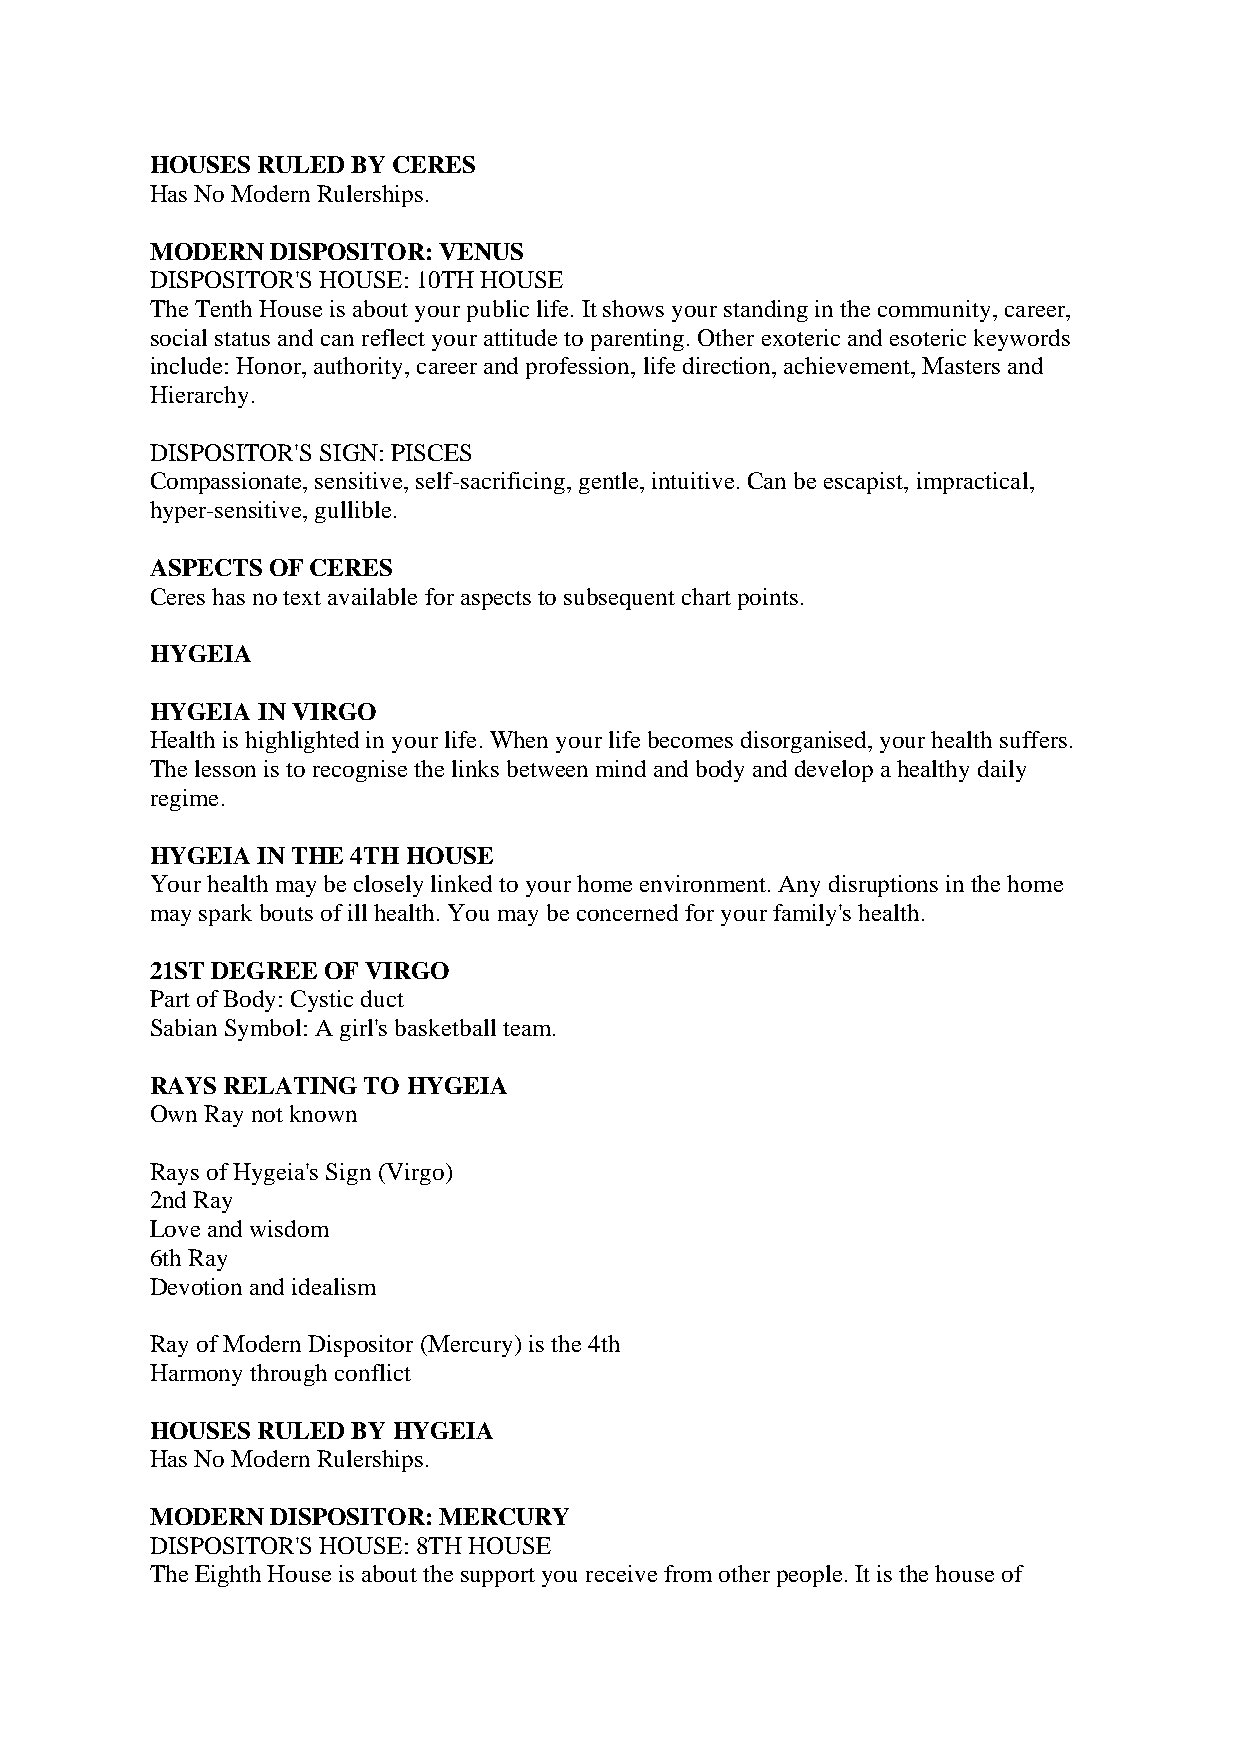
HOUSES RULED BY CERES
 Has No Modern Rulerships.
 MODERN  DISPOSITOR: VENUS
 DISPOSITOR'S HOUSE: 10TH HOUSE
 The Tenth House is about your public life. It shows your standing in the community, career,
 social status and can reflect your attitude to parenting. Other exoteric and esoteric keywords
 include: Honor, authority, career and profession, life direction, achievement, Masters and
 Hierarchy.
 DISPOSITOR'S SIGN: PISCES
 Compassionate, sensitive, self-sacrificing, gentle, intuitive. Can be escapist, impractical,
 hyper-sensitive, gullible.
 ASPECTS OF CERES
 Ceres has no text available for aspects to subsequent chart points.
 HYGEIA
 HYGEIA IN VIRGO
 Health is highlighted in your life. When your life becomes disorganised, your health suffers.
 The lesson is to recognise the links between mind and body and develop a healthy daily
 regime.
 HYGEIA IN THE 4TH HOUSE
 Your health may be closely linked to your home environment. Any disruptions in the home
 may spark bouts of ill health. You may be concerned for your family's health.
 21ST DEGREE OF VIRGO
 Part of Body: Cystic duct
 Sabian Symbol: A girl's basketball team.
 RAYS RELATING TO HYGEIA
 Own Ray not known
 Rays of Hygeia's Sign (Virgo)
 2nd Ray
 Love and wisdom
 6th Ray
 Devotion and idealism
 Ray of Modern Dispositor (Mercury) is the 4th
 Harmony through conflict
 HOUSES RULED BY HYGEIA
 Has No Modern Rulerships.
 MODERN  DISPOSITOR: MERCURY
 DISPOSITOR'S HOUSE: 8TH HOUSE
 The Eighth House is about the support you receive from other people. It is the house of